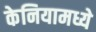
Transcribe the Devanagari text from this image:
केनियामध्ये